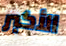
الأكبر